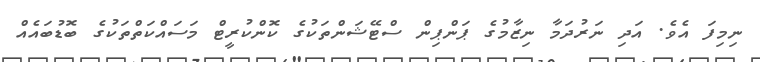
ނިމިފަ އެވެ. އަދި ނަރުދަމާ ނިޒާމުގެ ޕަންޕިން ސްޓޭޝަންތަކުގެ ކޮންކުރީޓް މަސައްކަތްތަކުގެ ބޮޑުބައެއް